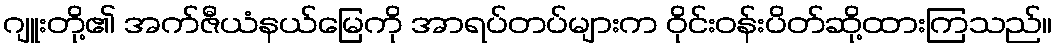
ဂျူးတို့၏ အက်ဇီယံနယ်မြေကို အာရပ်တပ်များက ဝိုင်းဝန်းပိတ်ဆို့ထားကြသည်။